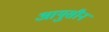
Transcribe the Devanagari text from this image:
आयुसीन